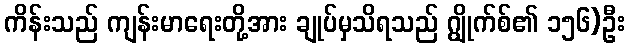
ကိန်းသည် ကျန်းမာရေးတို့အား ချုပ်မှသိရသည် ဂျွိုက်စ်၏ ၁၅၆)ဦး